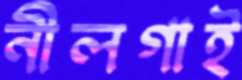
নীলগাই